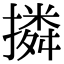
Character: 撛